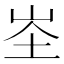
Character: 𭖏